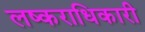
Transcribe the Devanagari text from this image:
लष्कराधिकारी